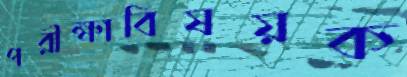
পরীক্ষাবিষয়ক